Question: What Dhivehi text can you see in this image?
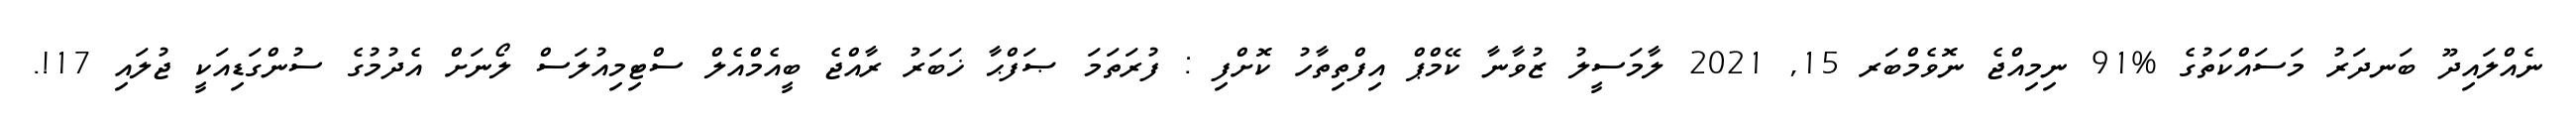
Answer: ނެއްލައިދޫ ބަނދަރު މަސައްކަތުގެ %91 ނިމިއްޖެ ނޮވެމްބަރ 15, 2021 ލާމަސީލު ޒުވާނާ ކޭމްޕް އިފްތިތާހު ކޮށްފި : ފުރަތަމަ ޞަފްޙާ ޚަބަރު ރާއްޖެ ބީއެމްއެލް ސްޓިމިއުލަސް ލޯނަށް އެދުމުގެ ސުންގަޑިއަކީ ޖުލައި 17!.